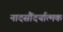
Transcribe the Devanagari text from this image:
नादसौंदर्यात्मक